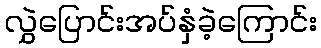
လွှဲပြောင်းအပ်နှံခဲ့ကြောင်း